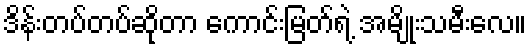
ဒိန်းတပ်တပ်ဆိုတာ ကောင်းမြတ်ရဲ့ အမျိုးသမီးလေ။